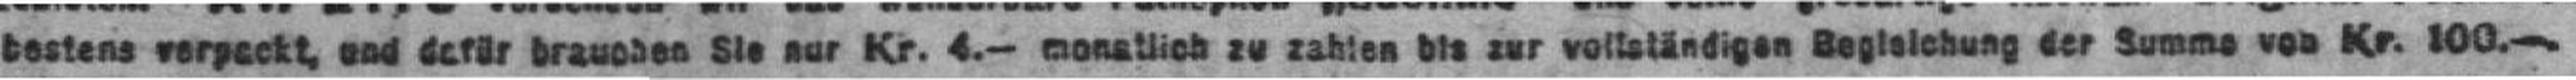
bestens verpackt, und dafür brauchen Sie nur Kr. 4.— monatlich zu zahlen bis zur vollständigen Begleichung der Summe von Kr. 100.—.